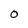
Character: O